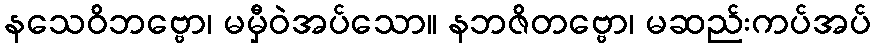
နသေဝိဘဗ္ဗော၊ မမှီဝဲအပ်သော။ နဘဇိတဗ္ဗော၊ မဆည်းကပ်အပ်